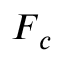
\boldsymbol { F } _ { c }